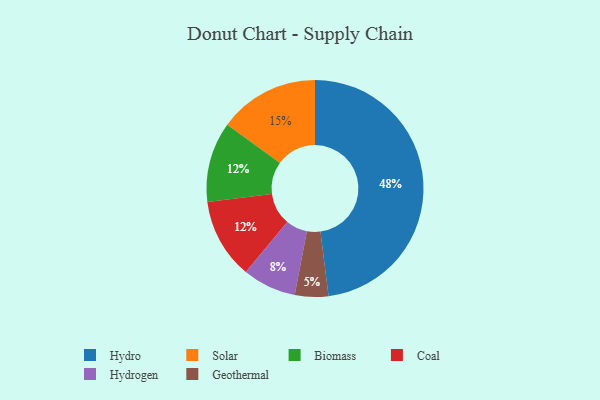
{"axis": {"x": "Category", "y": "Percentage"}, "legend": ["Biomass", "Coal", "Geothermal", "Hydro", "Hydrogen", "Solar"], "data": [{"x": "Biomass", "y": 12, "type": "Biomass"}, {"x": "Geothermal", "y": 5, "type": "Geothermal"}, {"x": "Coal", "y": 12, "type": "Coal"}, {"x": "Hydrogen", "y": 8, "type": "Hydrogen"}, {"x": "Solar", "y": 15, "type": "Solar"}, {"x": "Hydro", "y": 48, "type": "Hydro"}]}